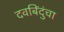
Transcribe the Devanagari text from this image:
दवबिंदुंचा